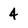
Character: 4